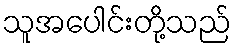
သူအပေါင်းတို့သည်